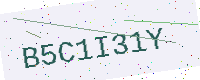
Text: B5C1I31Y